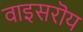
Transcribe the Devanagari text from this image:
वाइसरॊय